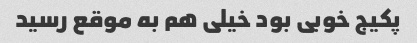
پکیج خوبی بود خیلی هم به موقع رسید